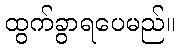
ထွက်ခွာရပေမည်။